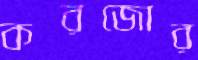
করজোর